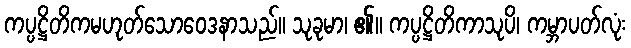
ကပ္ပဋ္ဌိတိကမဟုတ်သောဝေဒနာသည်။ သုခုမာ၊ ၏။ ကပ္ပဋ္ဌိတိကာသုပိ၊ ကမ္ဘာပတ်လုံး